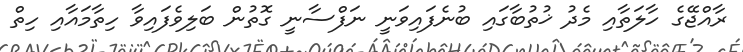
ރާއްޖޭގެ ހާލަތާއި މެދު ޚުތުބާގައި ބުނެފައިވަނީ ނަފްސާނީ ގޮތުން ބަލިވެފައިވާ ހިތާމައާއި ހިތް